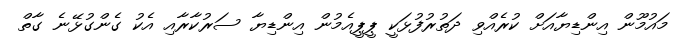
މައުމޫން އިންޑިޔާއަށް ކުރެއްވި ދަތުރުފުޅަކީ ޕީޕީއެމުން އިންޑިޔާ ސަރުކާރާއި އެކު ގެންގުޅޭނެ ގާތް